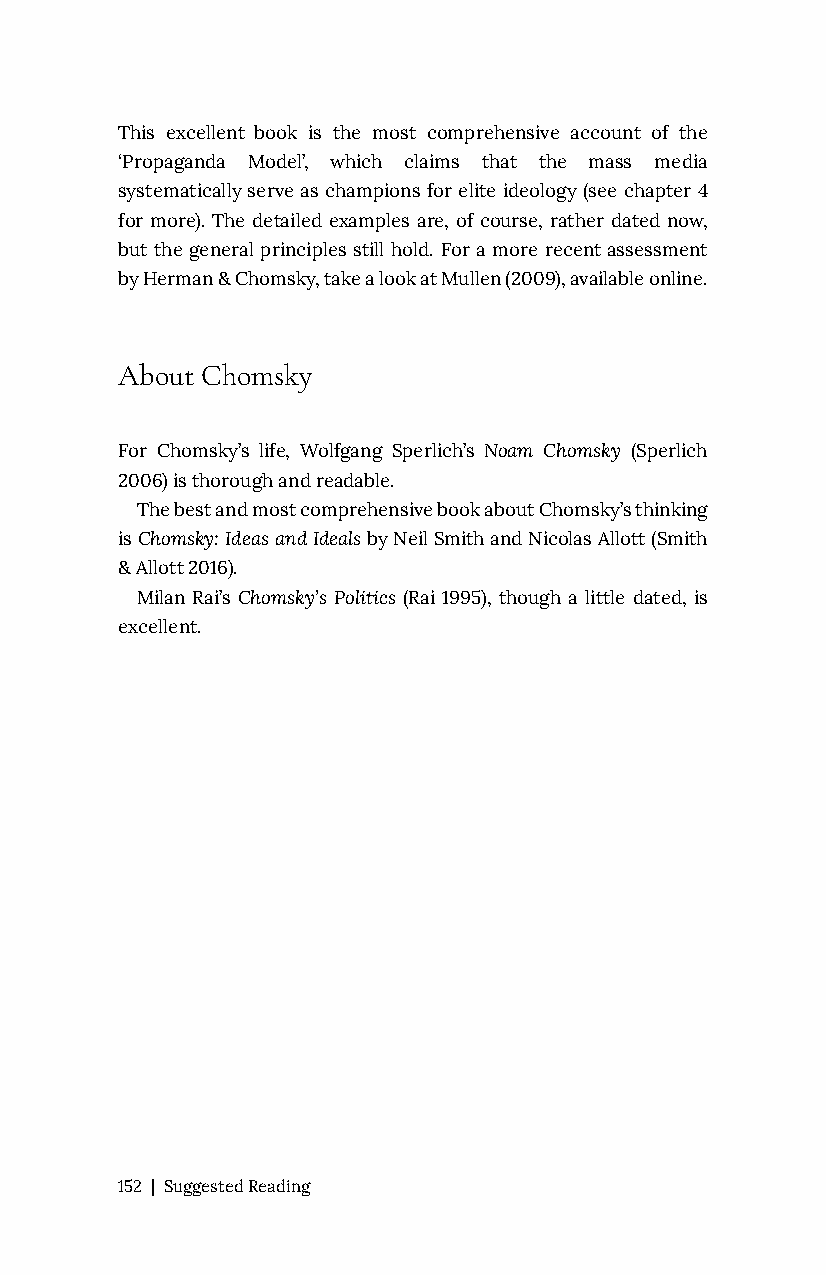
This excellent book is the most comprehensive account of the
 ‘Propaganda Model’, which claims that the mass media
 systematically serve as champions for elite ideology (see chapter 4
 for more). The detailed examples are, of course, rather dated now,
 but the general principles still hold. For a more recent assessment
 by Herman & Chomsky, take a look at Mullen (2009), available online.
 About Chomsky
 For Chomsky’s life, Wolfgang Sperlich’s Noam Chomsky (Sperlich
 2006) is thorough and readable.
 The best and most comprehensive book about Chomsky’s thinking
 is Chomsky: Ideas and Ideals by Neil Smith and Nicolas Allott (Smith
 & Allott 2016).
 Milan Rai’s Chomsky’s Politics (Rai 1995), though a little dated, is
 excellent.
 152 | Suggested Reading